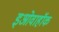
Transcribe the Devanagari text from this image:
इओवाहॉक